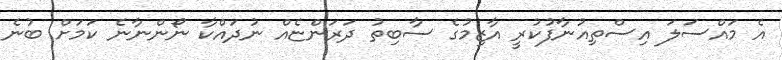
އެ މައްސަލަ އިސްތިއުނާފުކުރީ އާޒިމުގެ ސާބިތު ދަރަންޏެއް ނުދައްކާ ނޯންނާނެ ކަމަށް ބުނެ